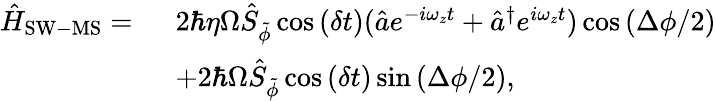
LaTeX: \begin{array}{rl}{\hat{H}_{\mathrm{SW-MS}}=\ }&{2\hbar\eta\Omega\hat{S}_{\tilde{\phi}}\cos{(\delta t)}(\hat{a}e^{-i\omega_{z}t}+\hat{a}^{\dagger}e^{i\omega_{z}t})\cos{\left(\Delta\phi/2\right)}}\\ &{+2\hbar\Omega\hat{S}_{\tilde{\phi}}\cos{(\delta t)}\sin{\left(\Delta\phi/2\right),}}\end{array}